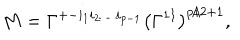
M = \Gamma ^ { + - i _ { 1 } i _ { 2 } \dots i _ { p - 1 } } \bigl ( \Gamma ^ { 1 1 } \bigr ) ^ { p / 2 + 1 } ,